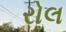
રોલ